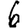
Digit: 6